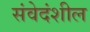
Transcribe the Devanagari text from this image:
संवेदंशील